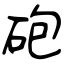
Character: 砲